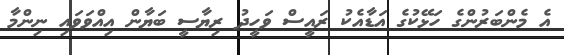
އެ މެންބަރުންގެ ހަޅޭކުގެ އަޑާއެކު ރައީސް ވަހީދު ރިޔާސީ ބަޔާން އިއްވަވައި ނިންމާ